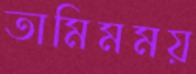
তামিমময়